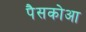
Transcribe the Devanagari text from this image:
पैसकोआ